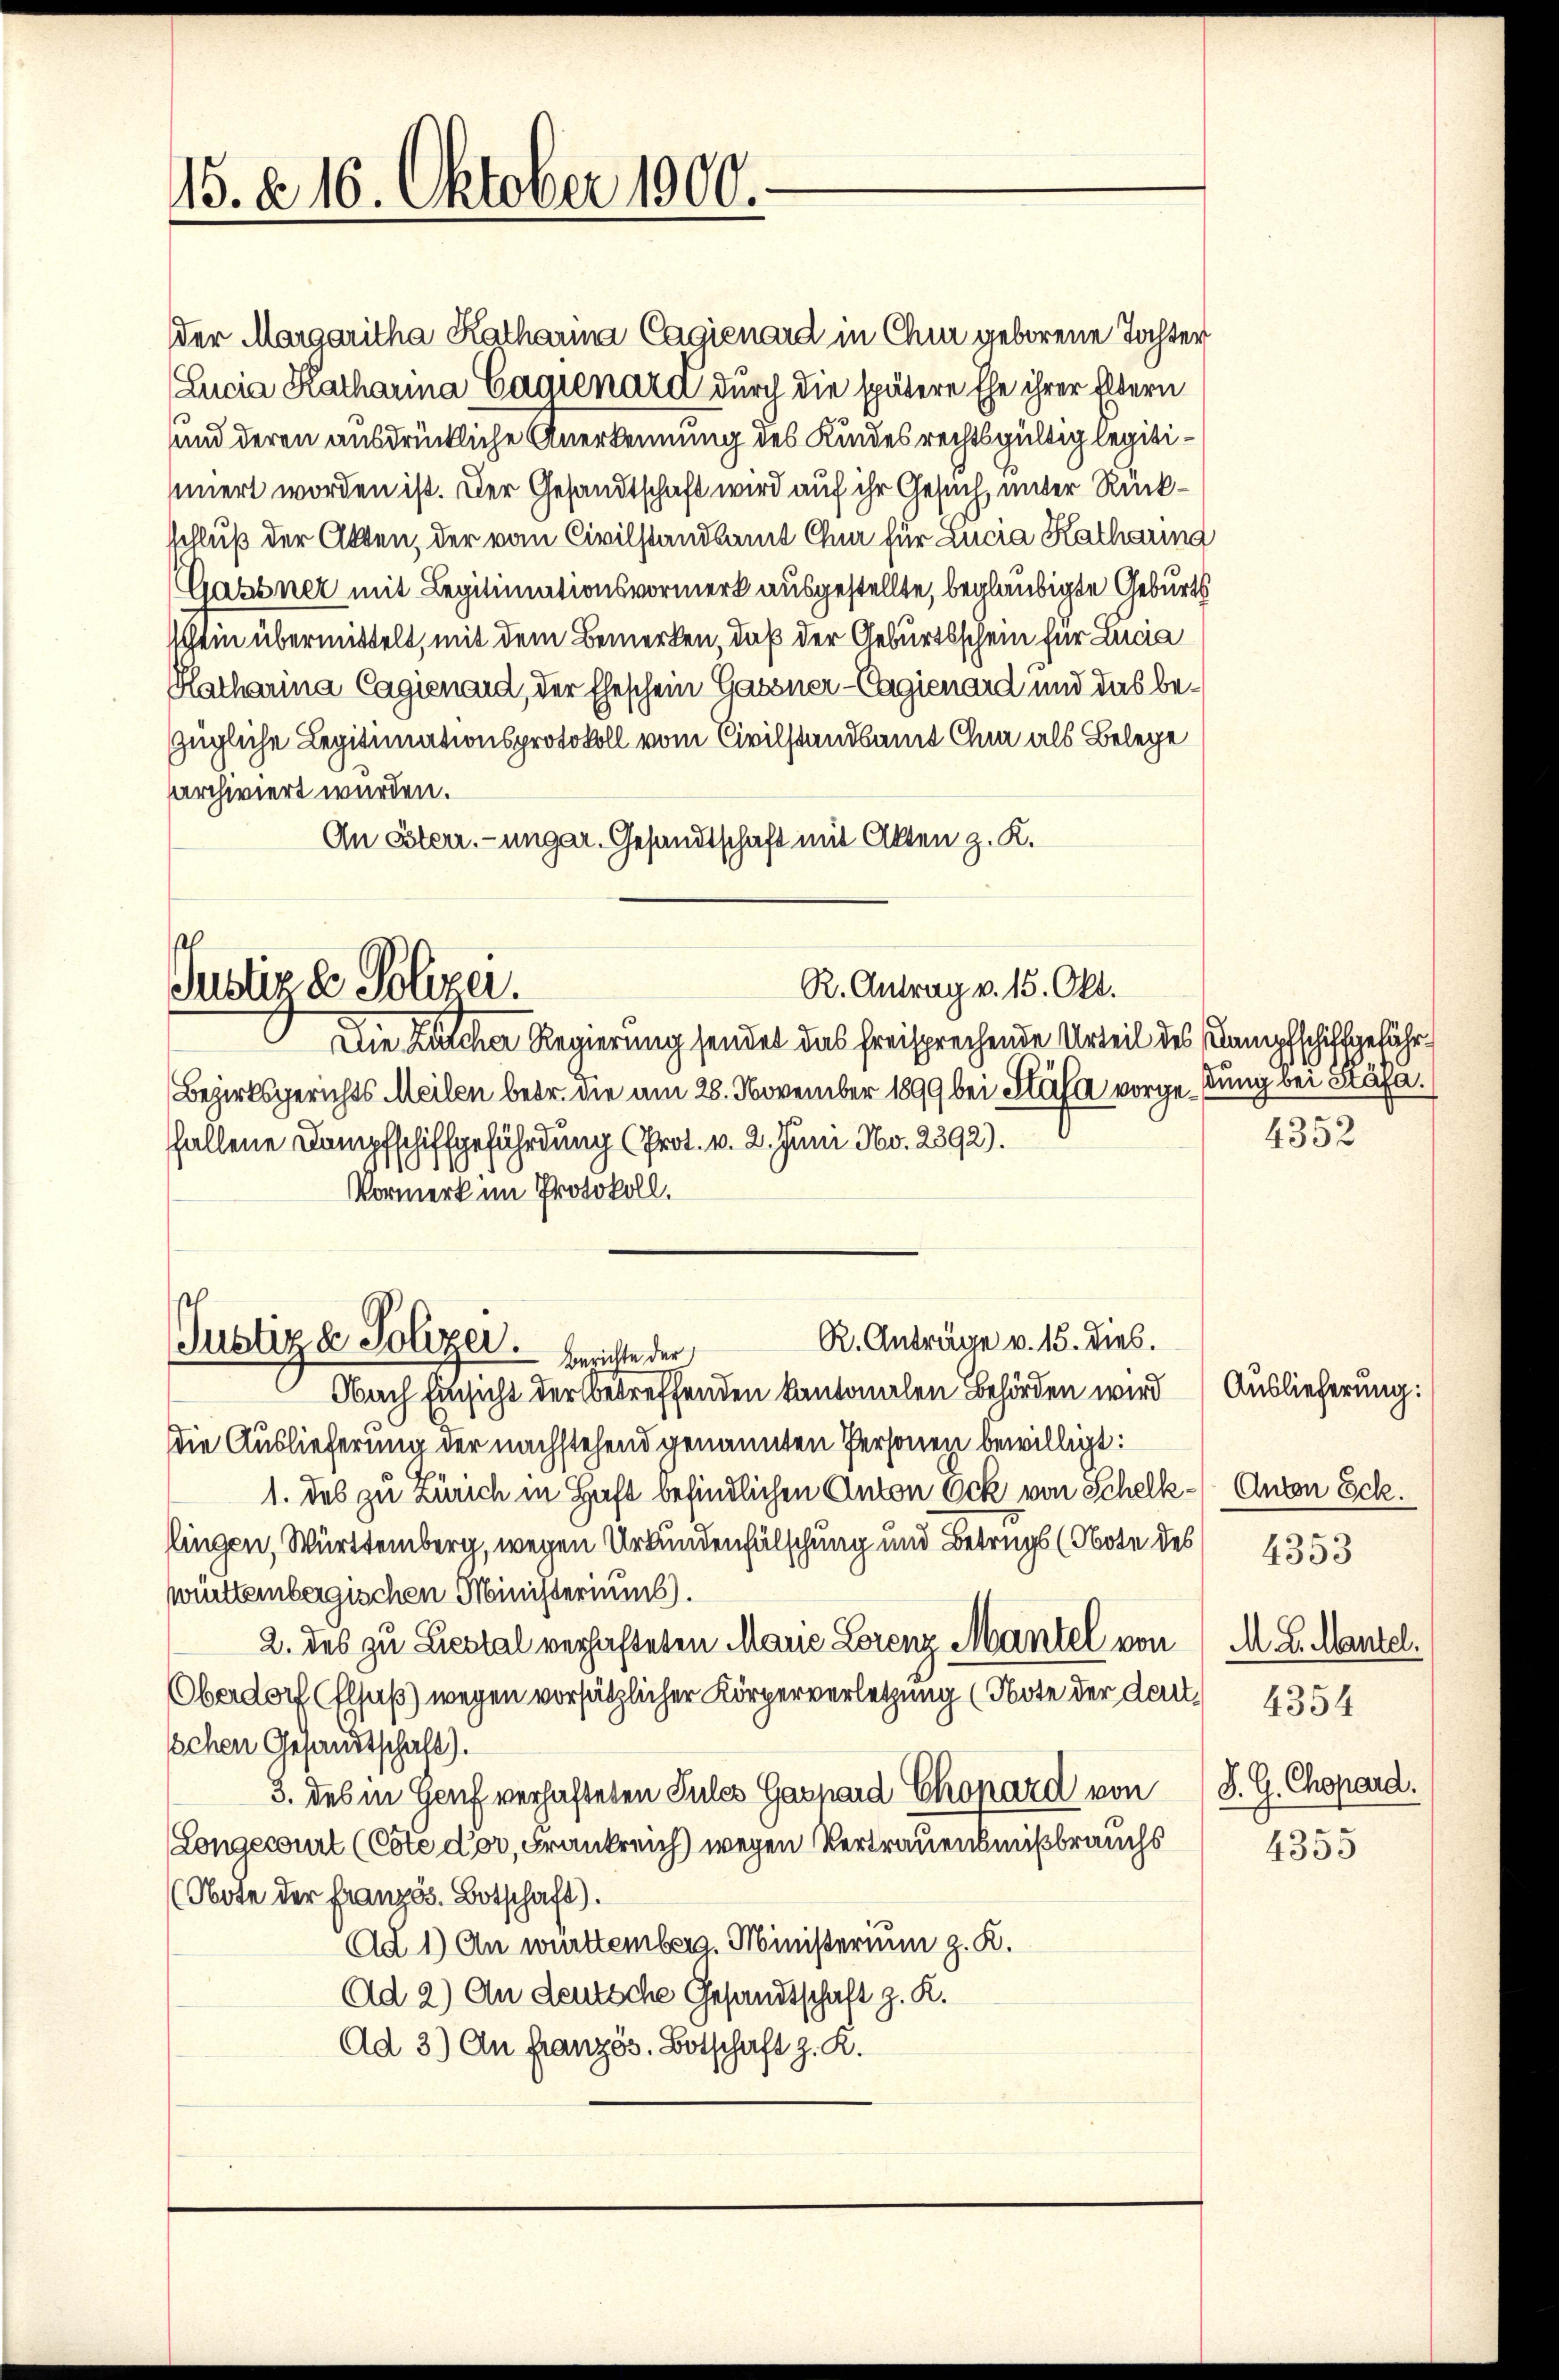
15. d. 16. Oktober 1900.

der Margaritha Katharina Cagienard in Chur geborene Tochter
Lucia Katharina Cagienara durch die spätere Ehe ihrer Eltern
und deren ausdrückliche Anerkennung des Kindes rechtsgültig legitiiiert worden ist. Der Gesandtschaft wird auf ihr Gesuch, unter Rückschluß der Akten, der vom Civilstandsamt Chur für Lucia Katharing
Gassner mit Legitimationsvormerk ausgestellte, beglaubigte Geburts
schein übermittelt, mit dem Bemerken, daß der Geburtsschein für Lucia
Katharina Cagienard, der Eheschein Gassner-Cagienard und das bezügliche Legitimationsprotokoll vom Civilstandsamt Chi als Belege
archiviert wurden.
An Esterr.-ungar. Gesandtschaft mit Akten z. K.
R. Antrag v. 15. Okt.
Justiz & Polizei.
Die Kircher Regierung sendet das freisprechende Urteil des Kampfschiffgefähr¬
Bezirksgerichts Meilen betr. die am 28. November 1899 bei Stäfa vorgedung bei Stäfa.
ffallene Dampfschiffgefährdung (Prot. v. 2. Juni No. 2892).
Vormerk im Protokoll.

R. Anträge v. 15. dies.
Justiz & Polizer.
Berichte der
Obach Einsicht der betreffenden kantonalen Behörden wird Auslieferung:

Die Auslieferung der nachstehend genannten Personen bewilligt:
1. des zu Zürich in Haft befindlichen Anton Ock von Schelk- Anton Eck.
flingen, Württemberg, wegen Urkundenfälschung und Betrugs (Note des 4353
prttembergischen Ministeriums).
2. des zu Liestal verhafteten Marie Lorenz Mantel von
Oberdorf (Elsaß) wegen vorsätzlicher Körperverletzung (Note der der 4354
schen Gesandtschaft).
3. des in Genf verhafteten Pules Gaspard Chopard von S. G. Chopard
Longewirt (Cote der, Frankreich) wegen Vertrauensmißbrauchs 455
(Obote der Französ. Botschaft).
Ad 1) An württemberg. Ministerium z. K.
Ad 2) An deutsche Gesandtschaft z. R.
Ad 3) An französ. Botschaft z. K.

4352

M. L. Mantel.